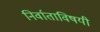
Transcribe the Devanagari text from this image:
निर्वाताविषयी